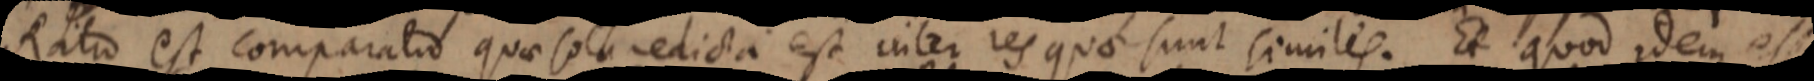
Ratio est comparatio quae sola edicta est inter res quae sunt similes. Et quod idem es